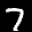
Label: 7